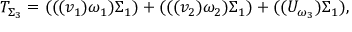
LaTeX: T _ { \Sigma _ { 3 } } = ( ( ( v _ { 1 } ) \omega _ { 1 } ) \Sigma _ { 1 } ) + ( ( ( v _ { 2 } ) \omega _ { 2 } ) \Sigma _ { 1 } ) + ( ( U _ { \omega _ { 3 } } ) \Sigma _ { 1 } ) ,